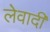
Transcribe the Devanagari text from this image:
लेवादी